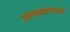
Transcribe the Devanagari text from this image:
न्यायव्यवस्थेबाहेर